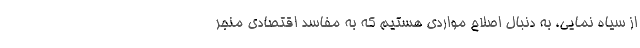
از سیاه نمایی، به دنبال اصلاح مواردی هستیم که به مفاسد اقتصادی منجر